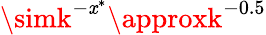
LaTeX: \simk^{-\mathit{x}^{*}}\approxk^{-0.5}